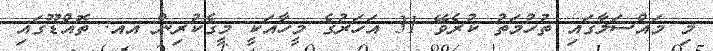
މި މައްސަލާގައި ތުހުމަތު ކުރެވޭ 31 އަހަރުގެ މީހާއަކީ މީގެކުރިން އއ. ތޮއްޑޫގައި